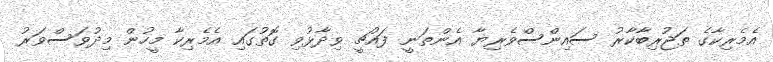
އެމެރިކާގެ ތަޖުރިބާކާރު ސައިންސްވެރިޔާ އެންތަނީ ފައުޗީ ވިދާޅުވި ގޮތުގައި އެމެރިކާ މީހުން މިދުވަސްވަރު